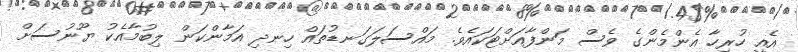
އެއީ ހުރިހާ އެންމެންގެ ވެސް މަންފާއަށްޓަކައެވެ. މައްސަލަގަނޑުތައް ހިނދި އަމާންކަން ލިބުމާއެކު ޔޫނުސަށް